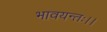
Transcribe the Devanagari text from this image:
भावयन्तः।।